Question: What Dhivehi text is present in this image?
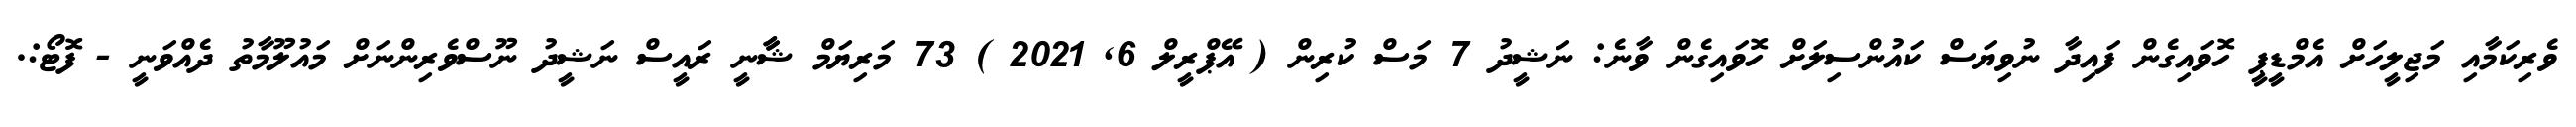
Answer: ވެރިކަމާއި މަޖިލީހަށް އެމްޑީޕީ ހޮވައިގެން ފައިދާ ނުވިޔަސް ކައުންސިލަށް ހޮވައިގެން ވާނެ: ނަޝީދު 7 މަސް ކުރިން ( އޭޕްރީލް 6, 2021 ) 73 މަރިޔަމް ޝާާނީ ރައީސް ނަޝީދު ނޫސްވެރިންނަށް މައުލޫމާތު ދެއްވަނީ - ފޮޓޯ:.